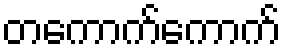
တကောက်ကောက်